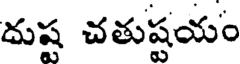
దుష్ట చతుష్టయం